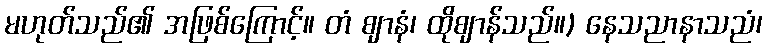
မဟုတ်သည်၏ အဖြစ်ကြောင့်။ တံ ဈာနံ၊ ထိုဈာန်သည်။) နေသညာနာသညံ၊